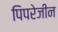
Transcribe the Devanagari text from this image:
पिपरेजीन